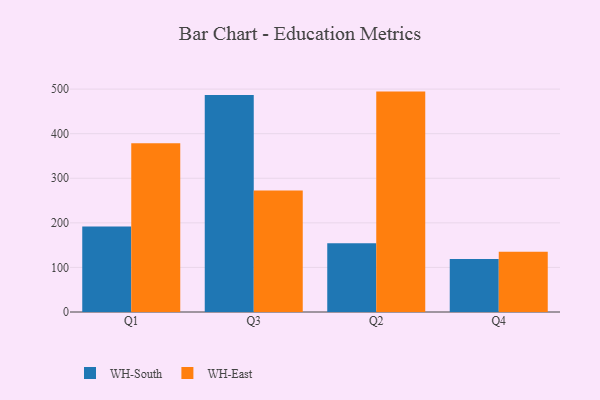
{"axis": {"x": "Quarter", "y": "Shipments"}, "legend": ["WH-East", "WH-South"], "data": [{"x": "Q1", "y": 191.6, "type": "WH-South"}, {"x": "Q1", "y": 378.8, "type": "WH-East"}, {"x": "Q3", "y": 487.0, "type": "WH-South"}, {"x": "Q3", "y": 272.7, "type": "WH-East"}, {"x": "Q2", "y": 154.4, "type": "WH-South"}, {"x": "Q2", "y": 494.4, "type": "WH-East"}, {"x": "Q4", "y": 119.1, "type": "WH-South"}, {"x": "Q4", "y": 134.9, "type": "WH-East"}]}